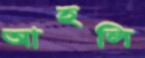
আহলি